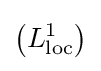
\left(L_{\text{loc}}^{1}\right)